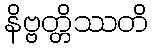
နိဗ္ဗတ္တိဿတိ